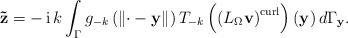
LaTeX: \begin{align*}\mathbf{\tilde{z}}=-\operatorname*{i}k\int_{\Gamma}g_{-k}\left( \left\Vert\mathbf{\cdot}-\mathbf{y}\right\Vert \right) T_{-k}\left( \left( L_{\Omega}\mathbf{v}\right) ^{\operatorname*{curl}}\right) \left( \mathbf{y}\right)d\Gamma_{\mathbf{y}}.\end{align*}